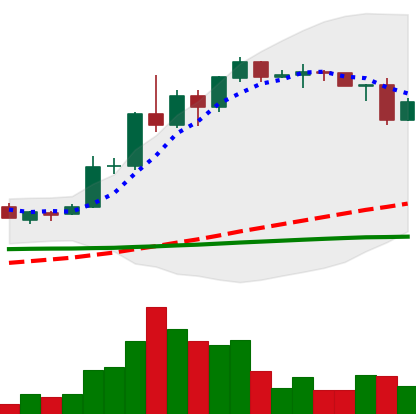
Ticker: ADA-USD
Chart end date: 2020-06-12
Forward return: 4.891%
Label: up_3_5